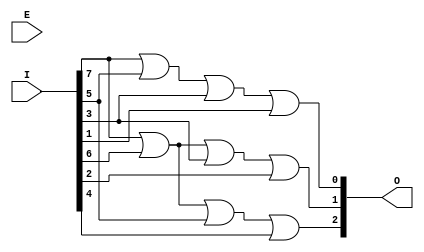
`timescale 1ns / 1ps
module en83(I, E, O);
    input [7:0] I;
    input E;
    output [2:0] O;
	 
	or(O[0], I[7], I[5],I[3],I[1]);
	or(O[1], I[7], I[6],I[3],I[2]);
	or(O[2], I[7], I[6],I[5],I[4]);
	 
	 
endmodule